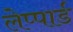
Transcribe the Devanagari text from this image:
लेप्पार्ड